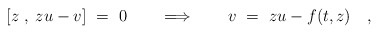
\begin{align*}[z\;,\; zu-v]\ =\ 0 \qquad\Longrightarrow\qquad v\ =\ zu-f(t,z)\quad,\end{align*}